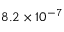
8 . 2 \times 1 0 ^ { - 7 }